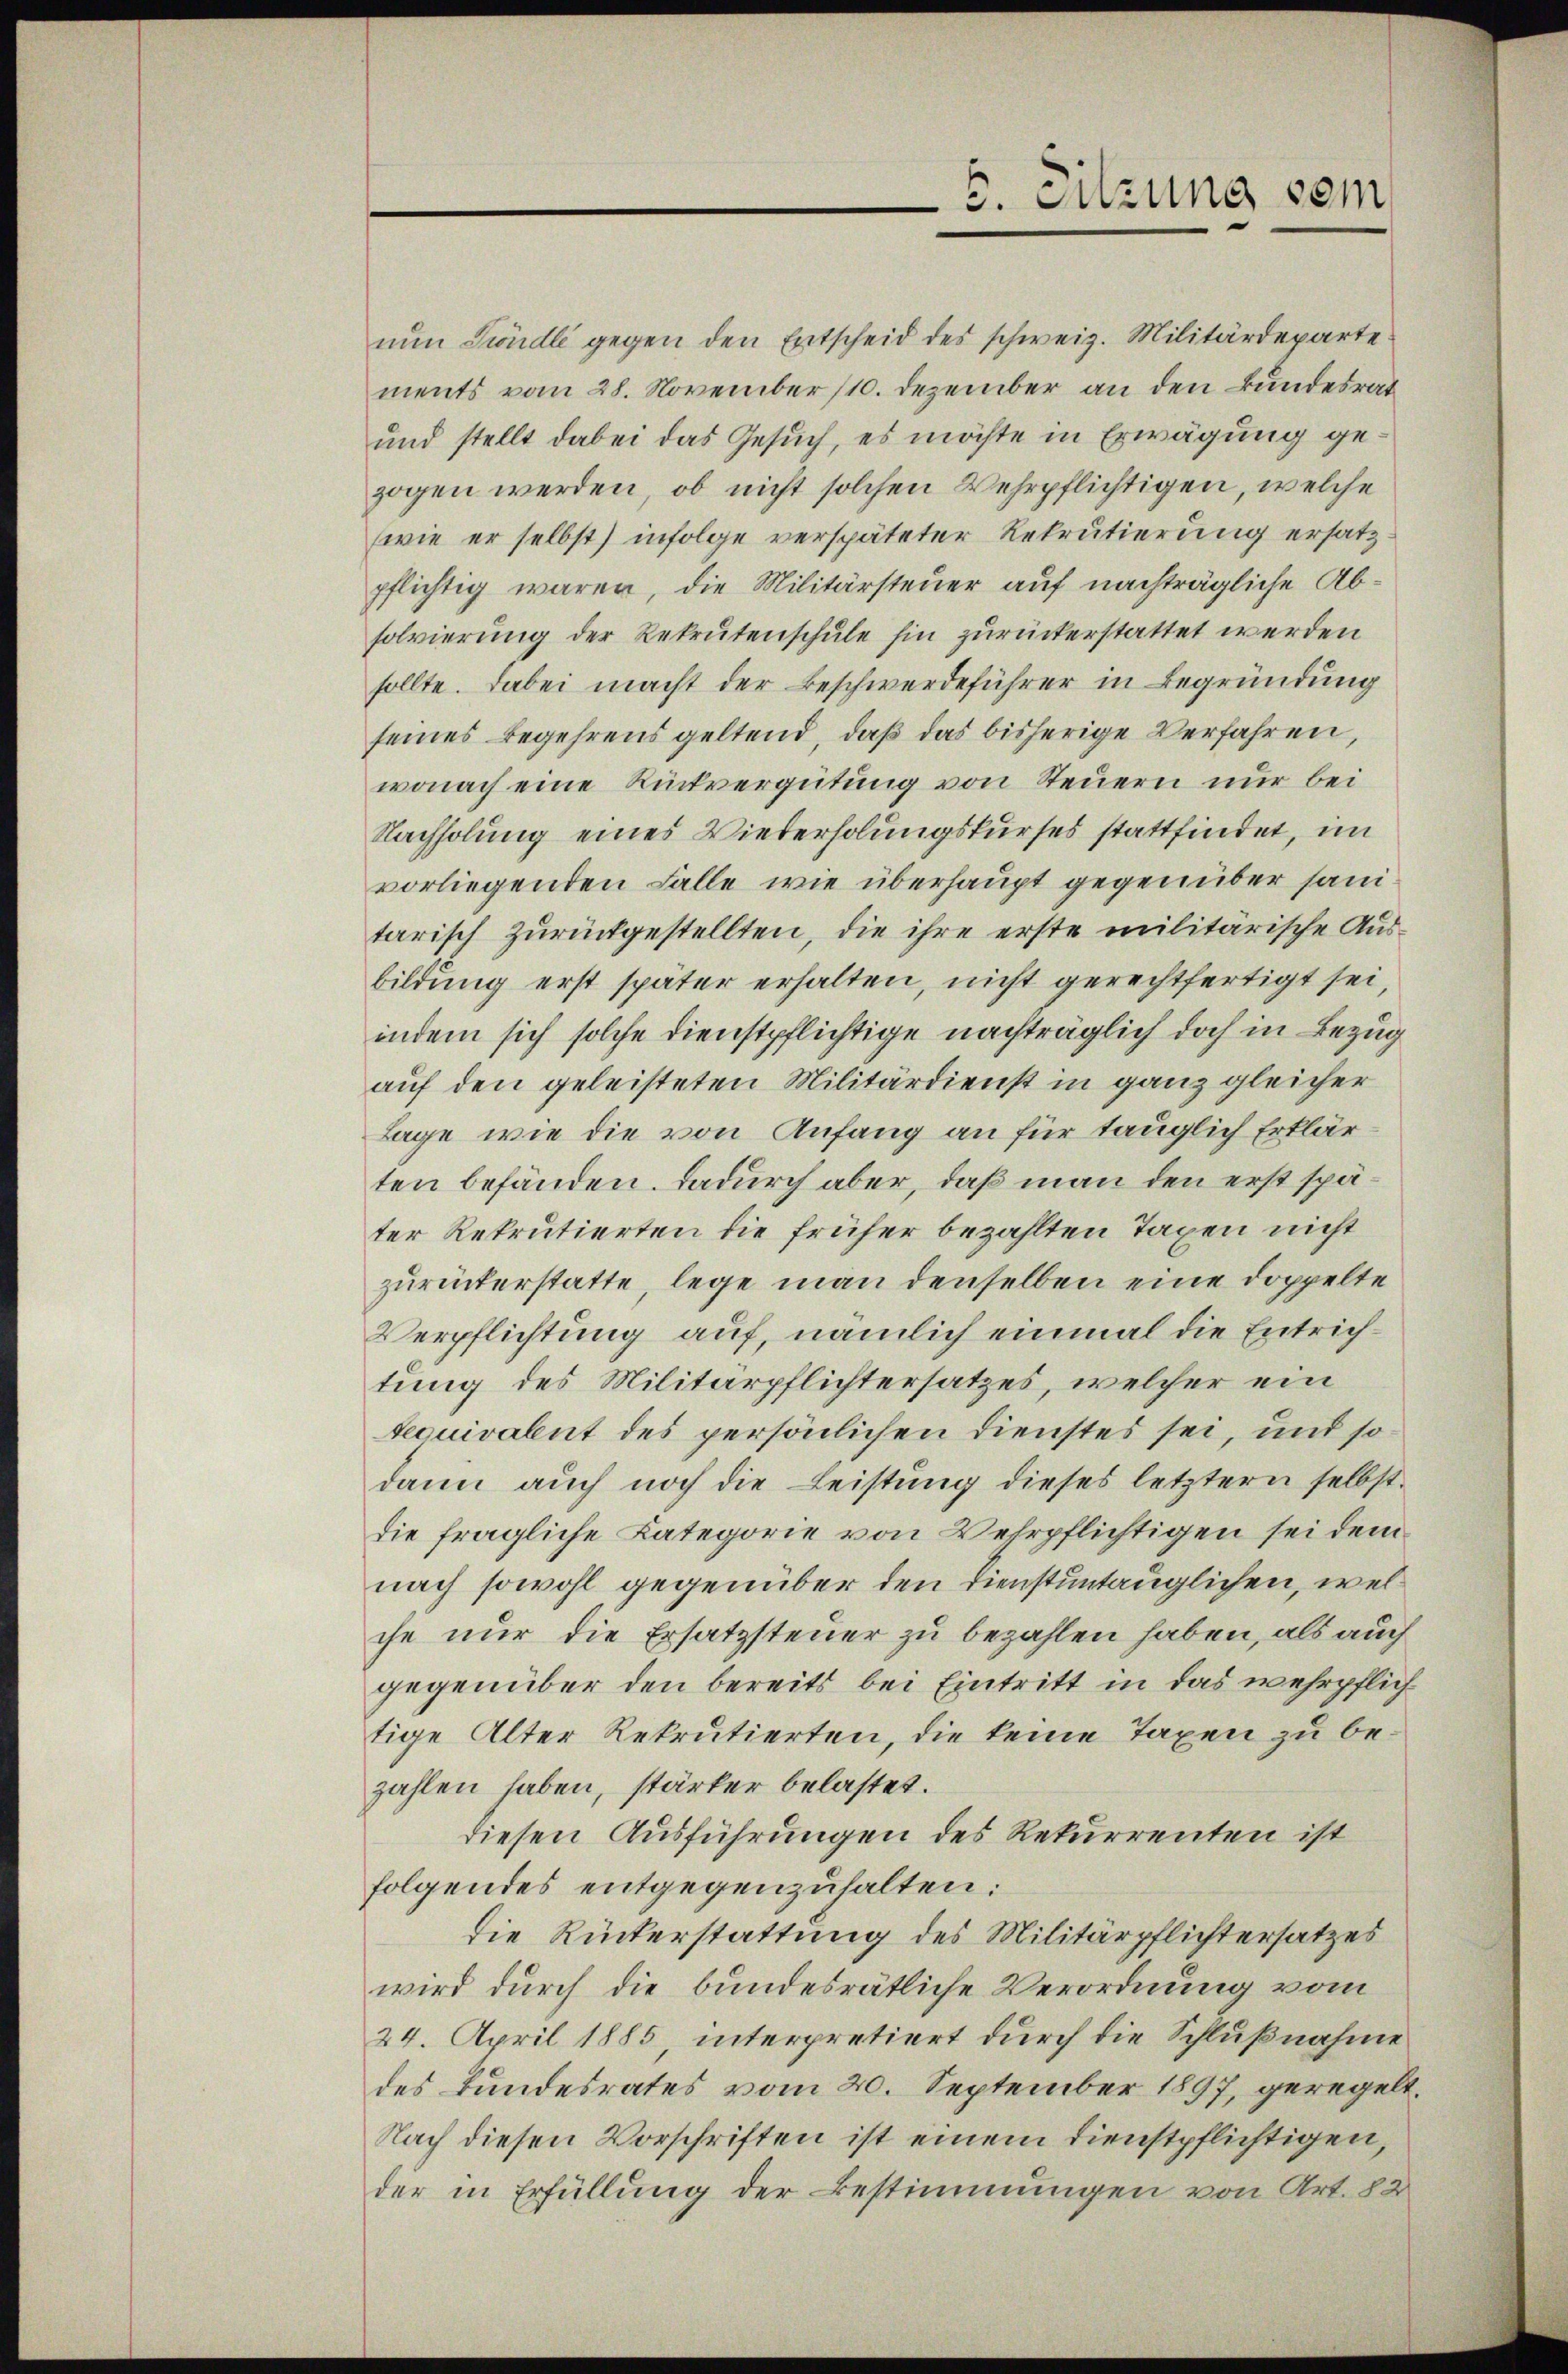
nŭn Kindli gegen den Entscheid des schweiz. Militärdeparte
ments vom 28. November (10. Dezember an den Bundesrat
und stellt dabei das Gesuch, es möchte in Erwägung gezogen werden, ob nicht solchen Wehrpflichtigen, welche
(wie er selbst) infolge verspäteter Rekrutierung ersatz-
pflichtig waren, die Militärsteuer auf nachträgliche Absolvierung der Rekrutenschule hin zurückerstattet werden
sollte. Dabei macht der Beschwerdeführer in Begründung
seines Begehrens geltend, daß das bisherige Verfahren,
wonach eine Rückvergütung von Steuern nur bei
Nachholung eines Wiederholungskurses stattfindet, im
vorliegenden Falle wie überhaupt gegenüber sanitarisch zurückgestellten, die ihre erste militärische Ausbildung erst später erhalten, nicht gerechtfertigt sei,
indem sich solche dienstpflichtige nachträglich doch in Bezug
auf den geleisteten Militärdienst in ganz gleicher
Lage, wie die von Anfang an für tauglich Erklär
ten befänden. Dadurch aber, daß man den erst später Rekrutierten die früher bezahlten Taxen nicht
zurückerstatte, lege man denselben eine Doppelte
Verpflichtung auf, nämlich einmal die Entrichtung des Militärpflichtersatzes, welcher ein
tequivant des persönlichen Dienstes sei, und so
dann auch noch die Leistung dieses letztern selbst
die fragliche Kategorie von Wehrpflichtigen sei dem
nach sowohl gegenüber den Dienstuntauglichen, welche nur die Ersatzsteuer zu bezahlen haben, als auch
gegenüber den bereits bei Eintritt in das wehrpflich
tige Alter Rekrutierten, die keine Taxen zu bezahlen haben, stärker belastet.
diesen Ausführungen des Rekurrenten ist
folgendes entgegenzuhalten:
die Rückerstattung des Militärpflichtersatzes
wird durch die bundesrätliche Verordnung vom
24. April 1885 interpretiert durch die Schlußnahme
des Bundesrates vom 20. September 1897, geregel¬
Nach diesen Vorschriften ist einem Dienstpflichtigen,
der in Erfüllung der Bestimmungen von Art. 82

5. Sitzung vom